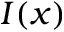
I ( x )